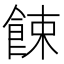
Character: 餗